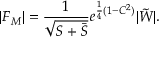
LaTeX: | F _ { M } | = \frac { 1 } { \sqrt { S + \bar { S } } } e ^ { \frac { 1 } { 4 } ( 1 - C ^ { 2 } ) } | \tilde { W } | .